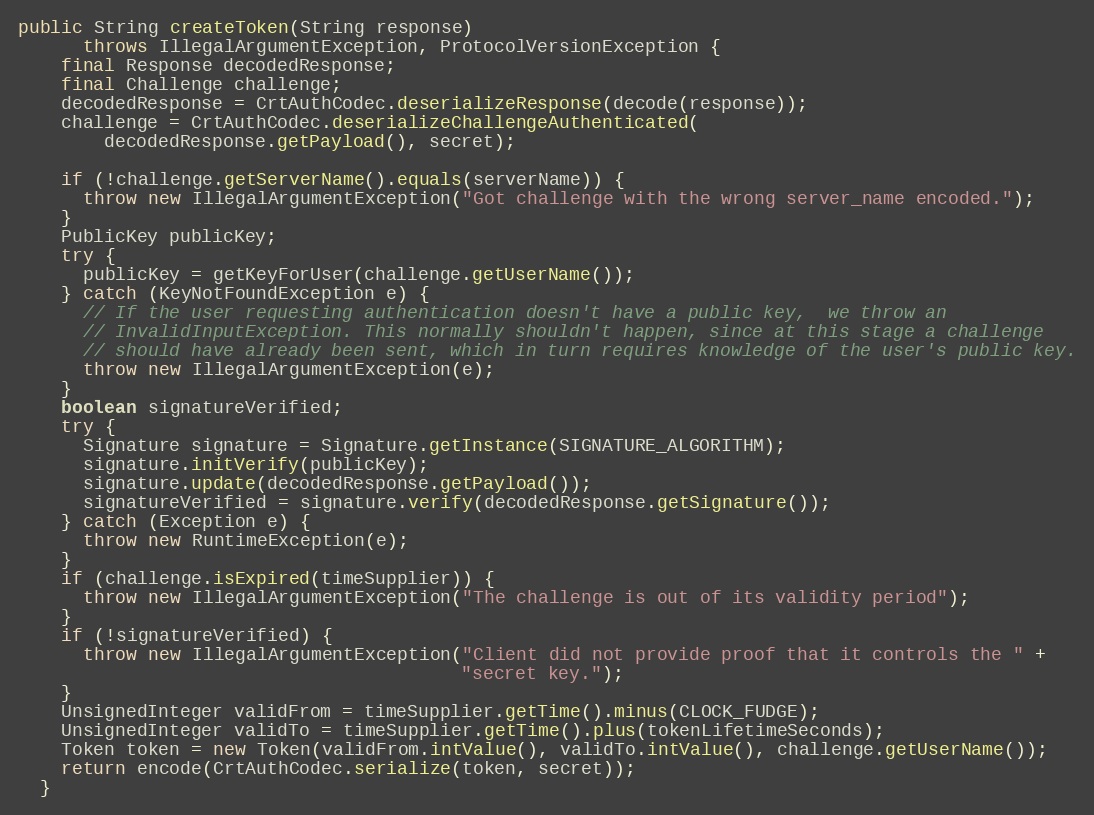
Language: Java
public String createToken(String response)
      throws IllegalArgumentException, ProtocolVersionException {
    final Response decodedResponse;
    final Challenge challenge;
    decodedResponse = CrtAuthCodec.deserializeResponse(decode(response));
    challenge = CrtAuthCodec.deserializeChallengeAuthenticated(
        decodedResponse.getPayload(), secret);

    if (!challenge.getServerName().equals(serverName)) {
      throw new IllegalArgumentException("Got challenge with the wrong server_name encoded.");
    }
    PublicKey publicKey;
    try {
      publicKey = getKeyForUser(challenge.getUserName());
    } catch (KeyNotFoundException e) {
      // If the user requesting authentication doesn't have a public key,  we throw an
      // InvalidInputException. This normally shouldn't happen, since at this stage a challenge
      // should have already been sent, which in turn requires knowledge of the user's public key.
      throw new IllegalArgumentException(e);
    }
    boolean signatureVerified;
    try {
      Signature signature = Signature.getInstance(SIGNATURE_ALGORITHM);
      signature.initVerify(publicKey);
      signature.update(decodedResponse.getPayload());
      signatureVerified = signature.verify(decodedResponse.getSignature());
    } catch (Exception e) {
      throw new RuntimeException(e);
    }
    if (challenge.isExpired(timeSupplier)) {
      throw new IllegalArgumentException("The challenge is out of its validity period");
    }
    if (!signatureVerified) {
      throw new IllegalArgumentException("Client did not provide proof that it controls the " +
                                         "secret key.");
    }
    UnsignedInteger validFrom = timeSupplier.getTime().minus(CLOCK_FUDGE);
    UnsignedInteger validTo = timeSupplier.getTime().plus(tokenLifetimeSeconds);
    Token token = new Token(validFrom.intValue(), validTo.intValue(), challenge.getUserName());
    return encode(CrtAuthCodec.serialize(token, secret));
  }